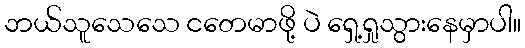
ဘယ်သူသေသေ ငတေမာဖို့ ပဲ ရှေ့ရှုသွားနေမှာပါ။